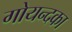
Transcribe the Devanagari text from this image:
गोयन्‍दका